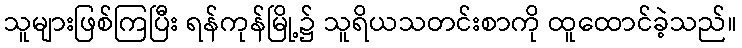
သူများဖြစ်ကြပြီး ရန်ကုန်မြို့၌ သူရိယသတင်းစာကို ထူထောင်ခဲ့သည်။